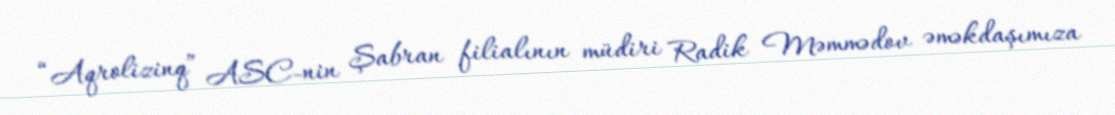
“Aqrolizinq” ASC-nin Şabran filialının müdiri Radik Məmmədov əməkdaşımıza